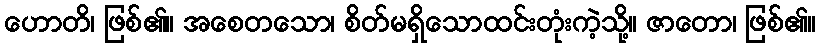
ဟောတိ၊ ဖြစ်၏။ အစေတသော၊ စိတ်မရှိသောထင်းတုံးကဲ့သို့။ ဇာတော၊ ဖြစ်၏။